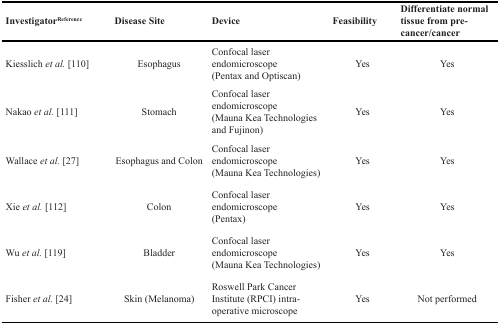
<table><thead><tr><td><b>Investigator<sup>Reference</sup></b></td><td><b>Disease Site</b></td><td><b>Device</b></td><td><b>Feasibility</b></td><td><b>Differentiate normal tissue from pre-cancer/cancer</b></td></tr></thead><tbody><tr><td>Kiesslich <i>et al.</i> [110]</td><td>Esophagus</td><td>Confocal laser endomicroscope(Pentax and Optiscan)</td><td>Yes</td><td>Yes</td></tr><tr><td>Nakao <i>et al.</i> [111]</td><td>Stomach</td><td>Confocal laser endomicroscope(Mauna Kea Technologies and Fujinon)</td><td>Yes</td><td>Yes</td></tr><tr><td>Wallace <i>et al.</i> [27]</td><td>Esophagus and Colon</td><td>Confocal laser endomicroscope(Mauna Kea Technologies)</td><td>Yes</td><td>Yes</td></tr><tr><td>Xie <i>et al.</i> [112]</td><td>Colon</td><td>Confocal laser endomicroscope(Pentax)</td><td>Yes</td><td>Yes</td></tr><tr><td>Wu <i>et al.</i> [119]</td><td>Bladder</td><td>Confocal laser endomicroscope(Mauna Kea Technologies)</td><td>Yes</td><td>Yes</td></tr><tr><td>Fisher <i>et al.</i> [24]</td><td>Skin (Melanoma)</td><td>Roswell Park Cancer Institute (RPCI) intra-operative microscope</td><td>Yes</td><td>Not performed</td></tr></tbody></table>